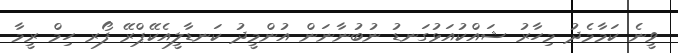
ވީނެ ކަމާމެދު މިހާރު ޝައްކުއަޅުގަނޑު ނުބުނާނަން އުންމީދު ކަނޑާލީއެކޭޕްރޭ ފޯރ ހިމް ރީމާ